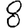
Digit: 8